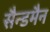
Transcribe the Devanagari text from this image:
सैन्डमैन